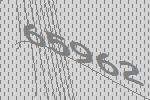
65962